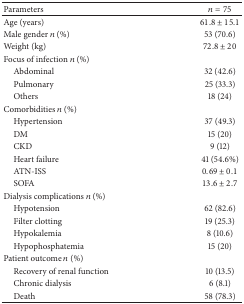
| Parameters | n = 75 |
 | --- | --- |
 | Age (years) | 61.8 ± 15.1 |
 | Male gender n (%) | 53 (70.6) |
 | Weight (kg) | 72.8 ± 20 |
 | Focus of infection n (%) |  |
 | Abdominal | 32 (42.6) |
 | Pulmonary | 25 (33.3) |
 | Others | 18 (24) |
 | Comorbidities n (%) |  |
 | Hypertension | 37 (49.3) |
 | DM | 15 (20) |
 | CKD | 9 (12) |
 | Heart failure | 41 (54.6%) |
 | ATN-ISS | 0.69 ± 0.1 |
 | SOFA | 13.6 ± 2.7 |
 | Dialysis complications n (%) |  |
 | Hypotension | 62 (82.6) |
 | Filter clotting | 19 (25.3) |
 | Hypokalemia | 8 (10.6) |
 | Hypophosphatemia | 15 (20) |
 | Patient outcome n (%) |  |
 | Recovery of renal function | 10 (13.5) |
 | Chronic dialysis | 6 (8.1) |
 | Death | 58 (78.3) |